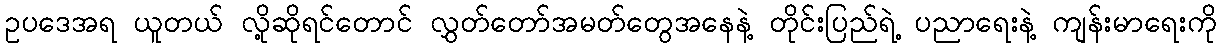
ဥပဒေအရ ယူတယ် လို့ဆိုရင်တောင် လွှတ်တော်အမတ်တွေအနေနဲ့ တိုင်းပြည်ရဲ့ ပညာရေးနဲ့ ကျန်းမာရေးကို